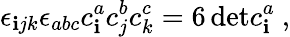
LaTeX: \epsilon_{\mathbf{i}jk}\epsilon_{abc}c_{\mathbf{i}}^{a}c_{j}^{b}c_{k}^{c}=6\, \mathrm{{det}}c_{\mathbf{i}}^{a}\ ,